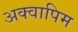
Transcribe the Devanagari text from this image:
अक्वापिम